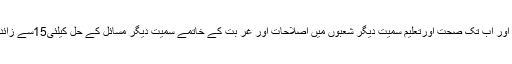
گورنر نے کہا کہ موجودہ حکومت قومی خدمت کے مشن پرکام کر رہی ہے اور اب تک صحت اورتعلیم سمیت دیگر شعبوں میں اصلاحات اور غر بت کے خاتمے سمیت دیگر مسائل کے حل کیلئی15سے زائد مختلف منصوبے شروع کیے ہیں اوربجٹ میں بھی عوام کو ریلیف دیں گے۔